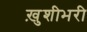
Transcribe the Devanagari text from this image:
ख़ुशीभरी